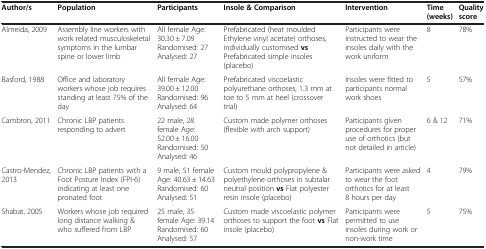
<table><thead><tr><td><b>Author/s</b></td><td><b>Population</b></td><td><b>Participants</b></td><td><b>Insole &amp; Comparison</b></td><td><b>Intervention</b></td><td><b>Time (weeks)</b></td><td><b>Quality score</b></td></tr></thead><tbody><tr><td>Almeida, 2009</td><td>Assembly line workers with work related musculoskeletal symptoms in the lumbar spine or lower limb</td><td>All female Age: 30.30 ± 7.09 Randomised: 27 Analysed: 27</td><td>Prefabricated (heat moulded Ethylene vinyl acetate) orthoses, individually customised <b>vs</b> Prefabricated simple insoles (placebo)</td><td>Participants were instructed to wear the insoles daily with the work uniform</td><td>8</td><td>78%</td></tr><tr><td>Basford, 1988</td><td>Office and laboratory workers whose job requires standing at least 75% of the day</td><td>All female Age: 39.00 ± 12.00 Randomised: 96 Analysed: 64</td><td>Prefabricated viscoelastic polyurethane orthoses, 1.3 mm at toe to 5 mm at heel (crossover trial)</td><td>Insoles were fitted to participants normal work shoes</td><td>5</td><td>57%</td></tr><tr><td>Cambron, 2011</td><td>Chronic LBP patients responding to advert</td><td>22 male, 28 female Age: 52.00 ± 16.00 Randomised: 50 Analysed: 46</td><td>Custom made polymer orthoses (flexible with arch support)</td><td>Participants given procedures for proper use of orthotics (but not detailed in article)</td><td>6 &amp; 12</td><td>71%</td></tr><tr><td>Castro-Mendez, 2013</td><td>Chronic LBP patients with a Foot Posture Index (FPI-6) indicating at least one pronated foot</td><td>9 male, 51 female Age: 40.63 ± 14.63 Randomised: 60 Analysed: 51</td><td>Custom mould polypropylene &amp; polyethylene orthoses in subtalar neutral position <b>vs</b> Flat polyester resin insole (placebo)</td><td>Participants were asked to wear the foot orthotics for at least 8 hours per day</td><td>4</td><td>79%</td></tr><tr><td>Shabat, 2005</td><td>Workers whose job required long distance walking &amp; who suffered from LBP</td><td>25 male, 35 female Age: 39.14 Randomised: 60 Analysed: 57</td><td>Custom made viscoelastic polymer orthoses to support the foot <b>vs</b> Flat insole (placebo)</td><td>Participants were permitted to use insoles during work or non-work time</td><td>5</td><td>75%</td></tr></tbody></table>